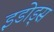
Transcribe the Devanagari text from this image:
इडोड्स